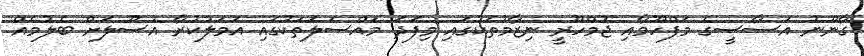
ގާނޫނު އަސާސީގެ މަފްހޫމާއި ޖުމްހޫރީ ނިޒާމުތަކުގައި މިފަދަ މައްސަލަތަކުގައި އަމަލުކުރާ އުސޫލަށް ބެލުމެއް